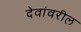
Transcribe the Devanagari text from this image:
देवांवरील